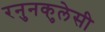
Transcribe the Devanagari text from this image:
रनुनकुलेसी